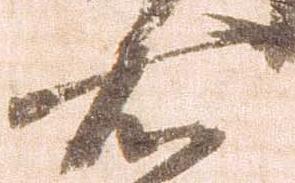
右